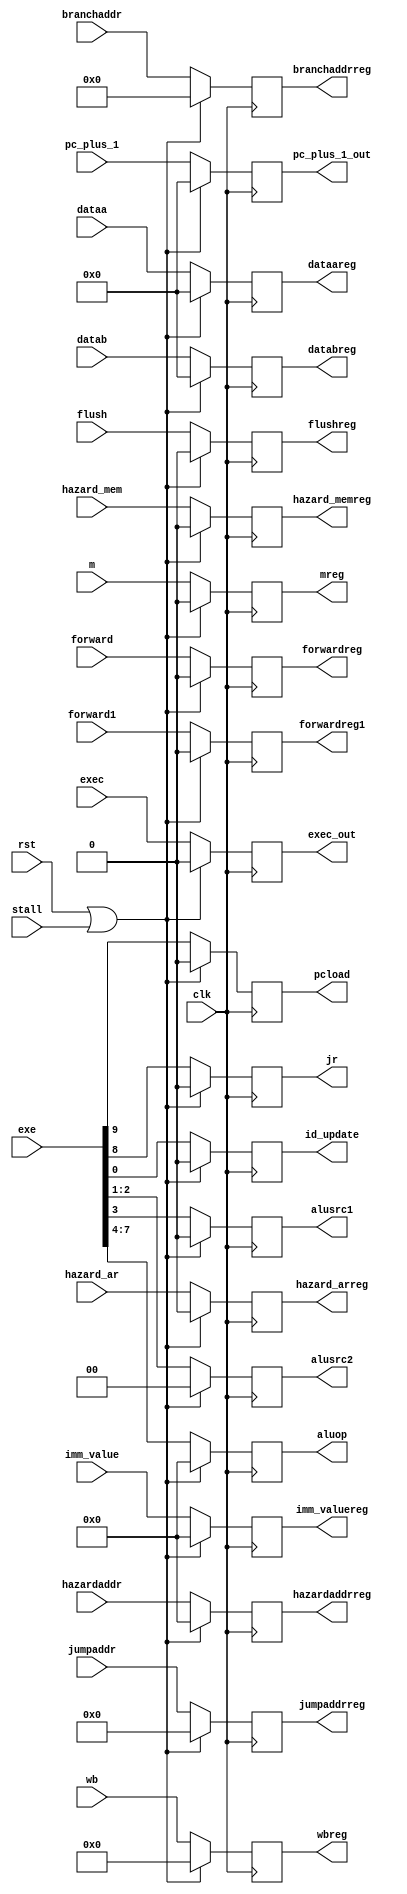
module IDEX(input clk, rst,
    input [22:0] wb, 
    input m,
    input [9:0] exe,
    input exec,
    input [15:0] pc_plus_1,

    input [15:0] dataa, datab,
    
    input [11:0] jumpaddr,
    input [3:0] imm_value,
    input [7:0] branchaddr, 
    
    /* stalls - edited by lihau 10/4 */
	input flush,
	input stall,
	
	//hazard - lihau 11/4
	input [3:0] hazardaddr,
	input hazard_ar, hazard_mem,
    
    input forward, forward1,
    
    /*
	output declaration    
    */
    output reg [22:0] wbreg, 
    output reg mreg,

//	split exe to 4 different output, ie. aluop, alusrc1, alusrc2, aluupdate instead of output to exereg	
    output reg [3:0] aluop,
    output reg alusrc1,
    output reg [1:0] alusrc2,
    output reg id_update,
    output reg jr,
    output reg pcload,
    output reg exec_out,
    output reg [15:0] pc_plus_1_out, 
    
    output reg [15:0] dataareg, databreg,
	output reg [11:0] jumpaddrreg,
    output reg [3:0] imm_valuereg,
    output reg [7:0] branchaddrreg,
    
	//hazard - lihau 11/4
	output reg [3:0] hazardaddrreg,
	output reg hazard_arreg, 
	output reg hazard_memreg,
	
	output reg flushreg,
	output reg forwardreg, forwardreg1 
    );

    always@(posedge clk) begin
		if (rst || stall) begin
			wbreg <= 0; 
			mreg <= 0; 

			aluop <= 0;
    		alusrc1 <= 0;
			alusrc2 <= 0;
			id_update <= 0;
			jr <= 0;
			pcload <= 0;
			
			pc_plus_1_out <= 0;//just added
			
			dataareg <= 0; 
			databreg <= 0; 
			exec_out<=0;
			jumpaddrreg <= 0;
			imm_valuereg <= 0; 
			branchaddrreg <= 0;
			
			//hazard - lihau 11/4
			hazardaddrreg <= 0;
			hazard_arreg <= 0;
			hazard_memreg <= 0;
			
			flushreg <= 0;
			
			forwardreg <= 0;
			forwardreg1 <= 0;
		end else begin
			wbreg <= wb; 
			mreg <= m; 

	//	split exe to 4 different output, ie. aluop, alusrc1, alusrc2, aluupdate instead of output to exereg	
			aluop <= exe[7:4];
			alusrc1 <= exe[3];
			alusrc2 <= exe[2:1];
			id_update <= exe[0];
			jr <= exe[8];
			pcload <= exe[9];
		
			pc_plus_1_out <= pc_plus_1;
		
			dataareg <= dataa; 
			databreg <= datab; 
		
			jumpaddrreg <= jumpaddr;
			imm_valuereg <= imm_value; 
			branchaddrreg <= branchaddr;
			exec_out <= exec;
		
			//hazard - lihau 11/4
			hazardaddrreg <= hazardaddr;
			hazard_arreg <= hazard_ar;
			hazard_memreg <= hazard_mem;
		
			flushreg <= flush;
		
			forwardreg <= forward;		
			forwardreg1 <= forward1;	
		end
    end 
endmodule